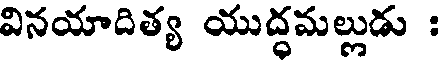
వినయాదిత్య యుద్ధమల్లుడు :